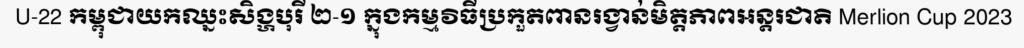
U-22 កម្ពុជាយកឈ្នះសិង្ហបុរី ២-១ ក្នុងកម្មវិធីប្រកួតពានរង្វាន់មិត្តភាពអន្តរជាតិ Merlion Cup 2023